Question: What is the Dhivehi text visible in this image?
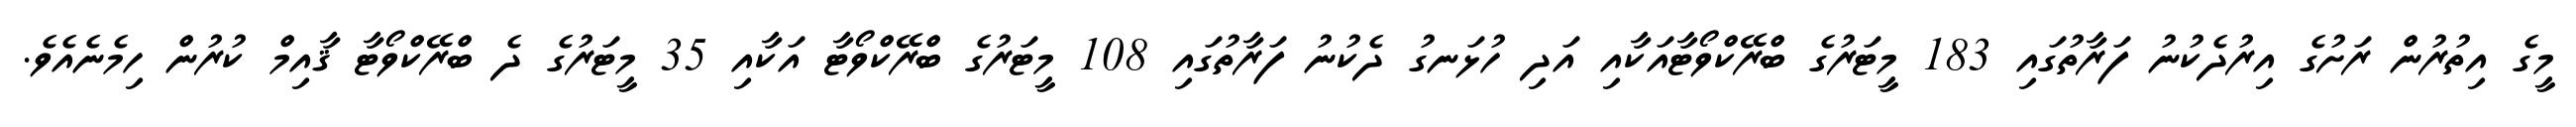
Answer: މީގެ އިތުރުން ރަށުގެ އިރުދެކުނު ފަރާތުގައި 183 މީޓަރުގެ ބްރޭކްވޯޓާއަކާއި އަދި ހުޅަނގު ދެކުނު ފަރާތުގައި 108 މީޓަރުގެ ބްރޭކްވޯޓާ އަކާއި 35 މީޓަރުގެ ދެ ބްރޭކްވޯޓާ ޤާއިމް ކުރުން ހިމެނެއެވެ.